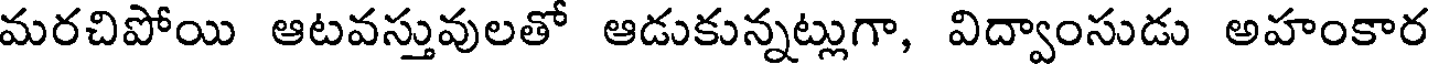
మరచిపోయి ఆటవస్తువులతో ఆడుకున్నట్లుగా, విద్వాంసుడు అహంకార